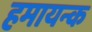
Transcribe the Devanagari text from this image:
हमायन्क